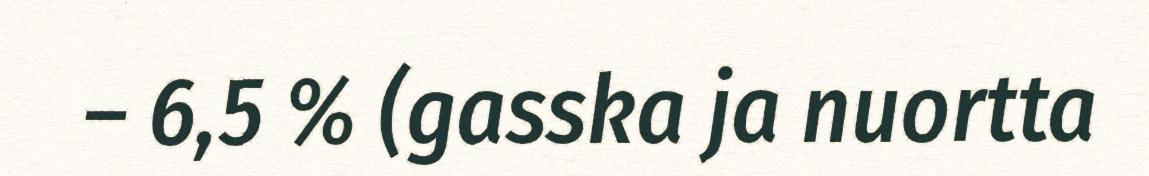
– 6,5 % (gasska ja nuortta